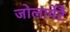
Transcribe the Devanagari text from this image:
जोलार्पेटै